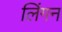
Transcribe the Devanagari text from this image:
लिंगन